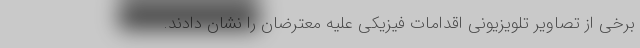
برخی از تصاویر تلویزیونی اقدامات فیزیکی علیه معترضان را نشان دادند.